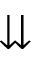
\downdownarrows